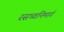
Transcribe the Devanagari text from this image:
रसध्वनिमार्ग